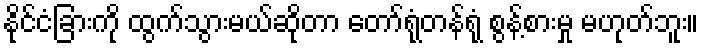
နိုင်ငံခြားကို ထွက်သွားမယ်ဆိုတာ တော်ရုံတန်ရုံ စွန့်စားမှု မဟုတ်ဘူး။